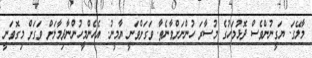
މާލޭގަ. ޔަގީނުންވެސް ދޮޅުމަހުގެ މުސާރަ ހުންނަށްވާނެތާ. ވަގަށްވަނީ ޔާމީނު. އެހެންމީހުންނާދިމާލަށް ވަގަށް މިގޮވަނީ